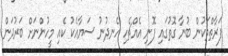
ފަރާތްތަކުން ބުނާ ގޮތުގައި ފޮނި އެއްޗެހި ހެނދުނު ސަޔާއެކު ކެއި މީހުންނަށް ބަރުދަން